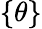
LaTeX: \{ \theta\}